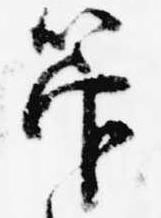
管